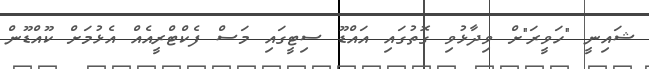
ޝައިނީ "ހަވީރަ"ށް ވިދާޅުވި ގޮތުގައި އައްޑޫ ސިޓީގައި މަސް ފެކްޓްރީއެއް އެޅުމަށް ކޫއްޑޫން